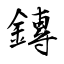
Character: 鏄